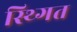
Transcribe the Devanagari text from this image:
स्थ्गित